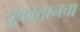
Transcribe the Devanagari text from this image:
युकातानचा